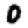
Digit: 0